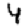
Digit: 4